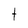
Character: t